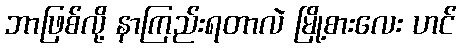
ဘာဖြစ်လို့ နာကြည်းရတာလဲ မြို့စားလေး ဟင်